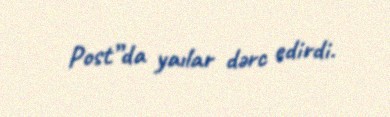
Post”da yaılar dərc edirdi.